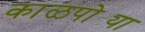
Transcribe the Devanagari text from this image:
काळपोट्या